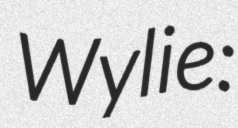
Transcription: Wylie: